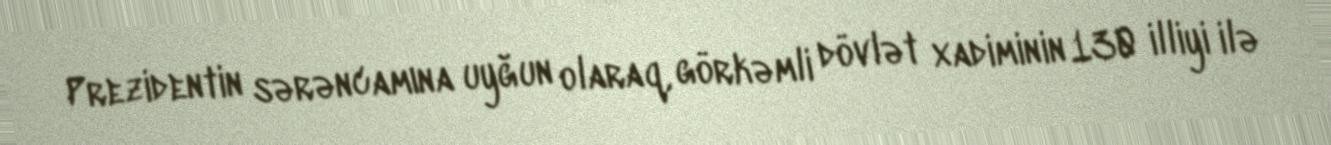
Prezidentin sərəncamına uyğun olaraq, görkəmli dövlət xadiminin 130 illiyi ilə